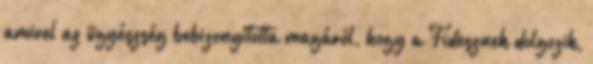
amivel az ügyészség bebizonyította magáról, hogy a Fidesznek dolgozik,